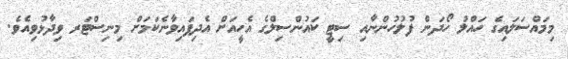
މިމައްސަލައިގެ ހައްލު ހޯދަން ފުލުހުންނާއި ސިޓީ ކައުންސިލްގެ އެހީއަށް އެދިފައިވާނެކަމަށް މިނިސްޓަރ ވިދާޅުވިއެވެ.